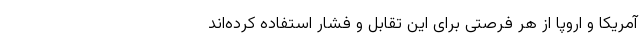
آمریکا و اروپا از هر فرصتی برای این تقابل و فشار استفاده کرده‌اند